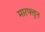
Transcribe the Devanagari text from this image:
मारफ्तुन